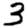
Digit: 3